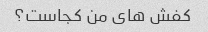
کفش های من کجاست؟